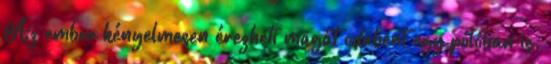
Az ember kényelmesen érezheti magát odabent egy pólóban is.